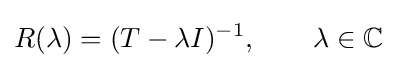
R(\lambda )=(T-\lambda I)^{-1},\qquad \lambda \in \mathbb {C}